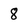
Character: 8